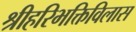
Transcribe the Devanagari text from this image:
श्रीहरिभक्तिविलास